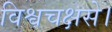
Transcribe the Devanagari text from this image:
विश्वचक्षसे।